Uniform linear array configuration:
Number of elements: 8
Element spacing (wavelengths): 0.5
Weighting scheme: cosine
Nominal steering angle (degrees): -15
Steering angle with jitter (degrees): -15.625
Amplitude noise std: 0.05
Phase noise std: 0.05

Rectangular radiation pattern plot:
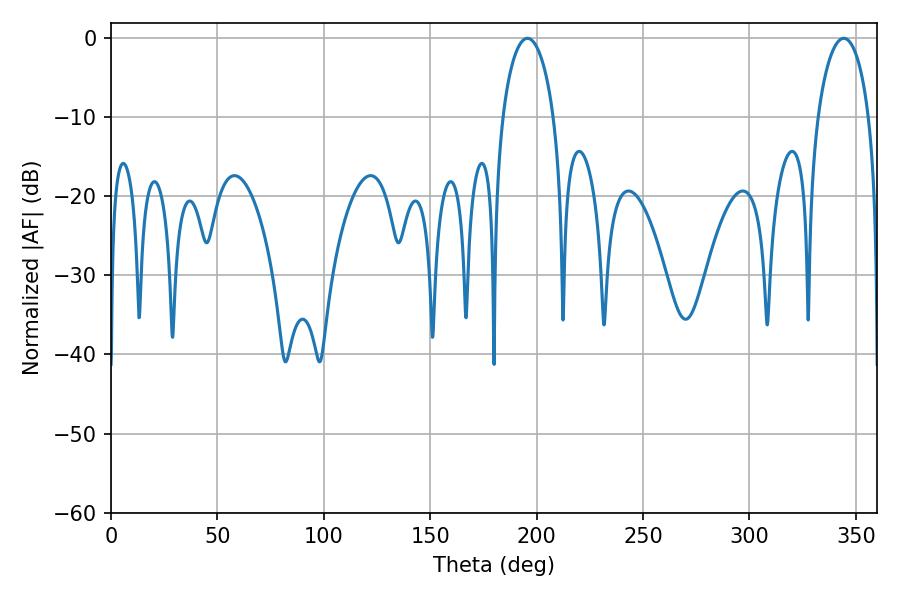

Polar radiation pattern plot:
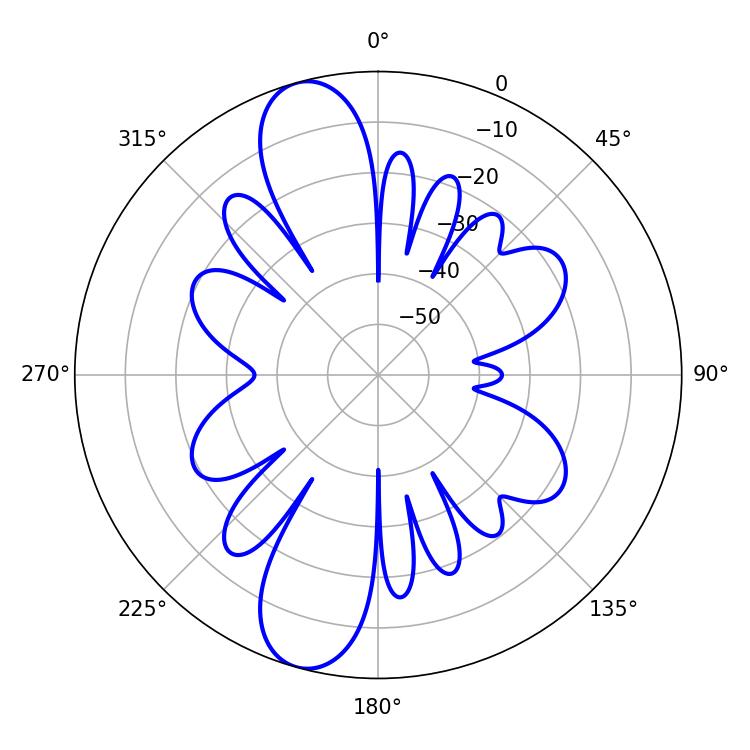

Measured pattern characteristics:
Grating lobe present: FALSE
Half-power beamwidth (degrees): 13.86
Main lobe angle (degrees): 195.66